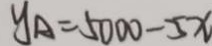
y _ { A } = 5 0 0 0 - 5 x